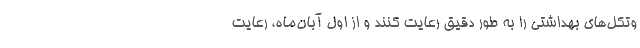
وتکل‌های بهداشتی را به طور دقیق رعایت کنند و از اول آبان‌ماه، رعایت